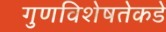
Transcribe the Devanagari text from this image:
गुणविशेषतेकडे